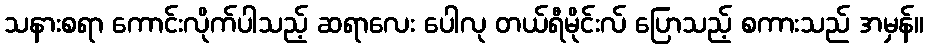
သနားစရာ ကောင်းလိုက်ပါသည့် ဆရာလေး ပေါလု တယ်ရီမိုင်းလ် ပြောသည့် စကားသည် အမှန်။